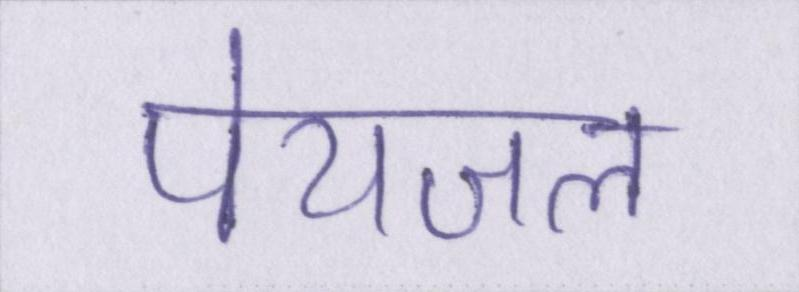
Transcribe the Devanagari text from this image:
पेयजल